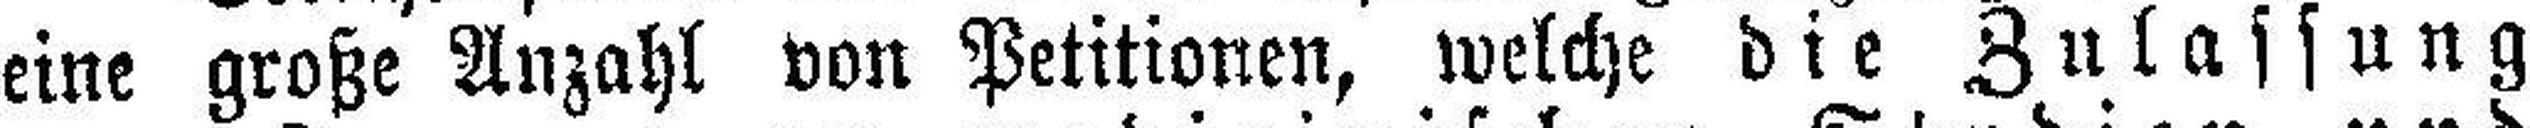
eine große Anzahl von Petitionen, welche die Zulassung